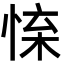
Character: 𢛐